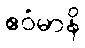
ဧဝံမာနိ